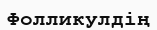
Фолликулдің